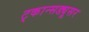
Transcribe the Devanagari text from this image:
ट्कान्सड्यूसर